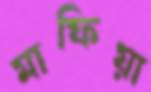
মাফিয়া